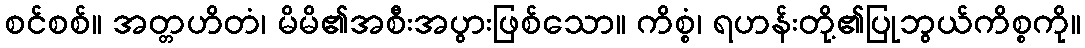
စင်စစ်။ အတ္တဟိတံ၊ မိမိ၏အစီးအပွားဖြစ်သော။ ကိစ္စံ၊ ရဟန်းတို့၏ပြုဘွယ်ကိစ္စကို။